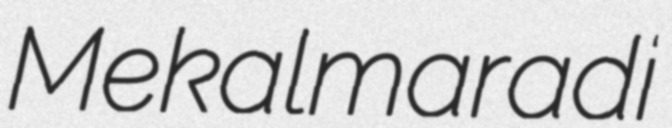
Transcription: Mekalmaradi